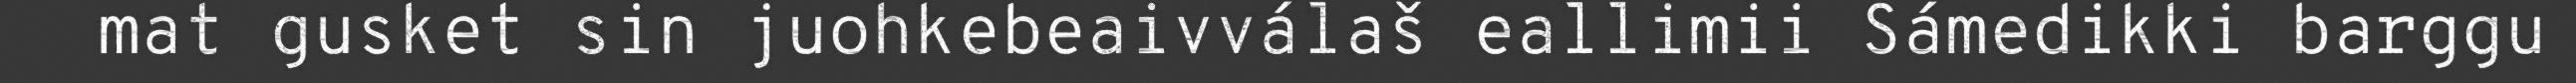
mat gusket sin juohkebeaivválaš eallimii Sámedikki barggu